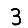
Digit: 3